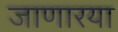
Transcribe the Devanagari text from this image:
जाणारया